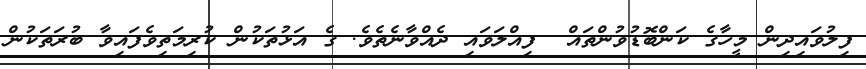
ފިލުވައިދިން މީހާގެ ކަންބޮޑުވުންތައް  ފިއްލަވައި ދެއްވާނެތެވެ. ގެ އަޅުތަކުން ކުރިމަތިވެފައިވާ ބުރަތަކުން